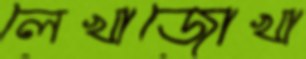
লেখাজোখা